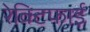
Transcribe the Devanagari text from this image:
रेक्टिफाई